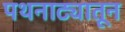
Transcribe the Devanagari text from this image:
पथनाट्यातून